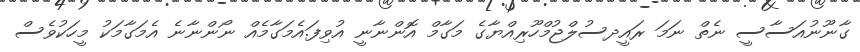
ގާނޫނުއަސާސީ ނެތް ނަމަ ރައީދސުލްޖުމްހޫރިއްޔާގެ މަގާމް އޮންނާނީ އުވިފަ.އެމަގާމެއް ނޯންނާނެ އެމަގާމަކު މީހަކުވެސް